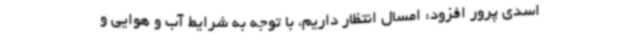
اسدی پرور افزود: امسال انتظار داریم، با توجه به شرایط آب و هوایی و